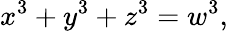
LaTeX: x^{3}+y^{3}+z^{3}=w^{3},